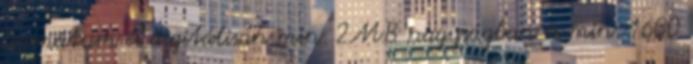
formátum és digitálisan min. 2MB nagyságban és min. 1600